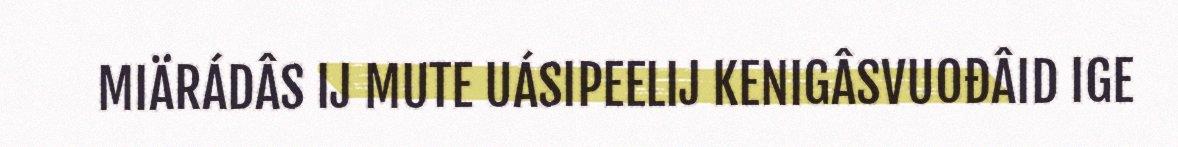
MIÄRÁDÂS IJ MUTE UÁSIPEELIJ KENIGÂSVUOĐÂID IGE